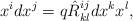
LaTeX: \begin{align*}x^idx^j=q\hat R^{ij}_{kl}dx^k x^l , \end{align*}